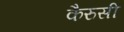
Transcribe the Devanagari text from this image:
कैरुसी